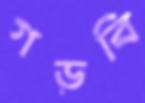
গড়বি